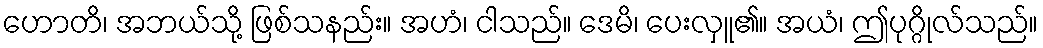
ဟောတိ၊ အဘယ်သို့ ဖြစ်သနည်း။ အဟံ၊ ငါသည်။ ဒေမိ၊ ပေးလှူ၏။ အယံ၊ ဤပုဂ္ဂိုလ်သည်။